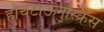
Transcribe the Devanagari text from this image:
होचटाऊनुस्क्रिस